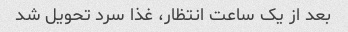
بعد از یک ساعت انتظار، غذا سرد تحویل شد